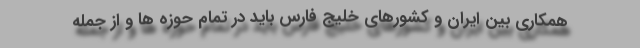
همکاری بین ایران و کشورهای خلیج فارس باید در تمام حوزه ها و از جمله